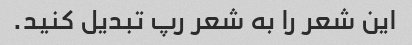
این شعر را به شعر رپ تبدیل کنید.